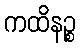
ကထိနဉ္စ